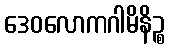
ဒေဝလောကဂါမိနိဉ္စ